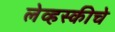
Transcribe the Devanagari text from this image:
लेव्हस्कीचे